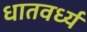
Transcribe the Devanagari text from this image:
धातवर्ध्य